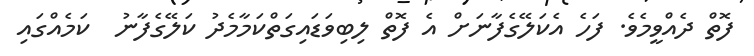
ފޮތް ދެއްވީމެވެ. ފަހެ އެކަލޭގެފާނަށް އެ ފޮތް ލިބިވަޑައިގަތްކަމާމެދު ކަލޭގެފާނު  ކަމެއްގައި